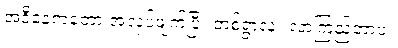
အဲဒီနေ့ကတော့ အလုပ်ဖျက်ပြီး တစ်ရွာလုံး လာကြည့်တာပဲ။